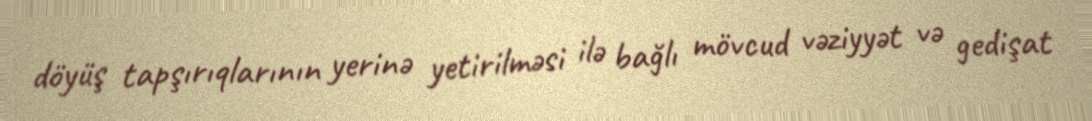
döyüş tapşırıqlarının yerinə yetirilməsi ilə bağlı mövcud vəziyyət və gedişat